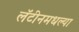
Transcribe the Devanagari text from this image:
लॅटीनमधल्या